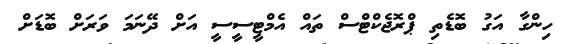
ހިންގާ އަގު ބޮޑެތި ޕްރޮޖެކްޓްސް ތައް އެމްޓީސީސީ އަށް ދޭނަމަ ވަރަށް ބޮޑަށް